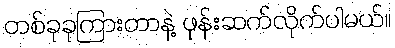
တစ်ခုခုကြားတာနဲ့ ဖုန်းဆက်လိုက်ပါမယ်။